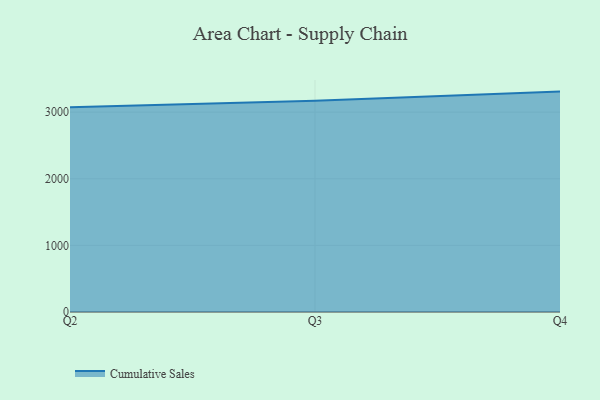
{"axis": {"x": "Quarter", "y": "Customer Acquisition Cost (USD)"}, "legend": ["Cumulative Sales"], "data": [{"x": "Q2", "y": 3073.5, "type": "Cumulative Sales"}, {"x": "Q3", "y": 3172.0, "type": "Cumulative Sales"}, {"x": "Q4", "y": 3308.1, "type": "Cumulative Sales"}]}